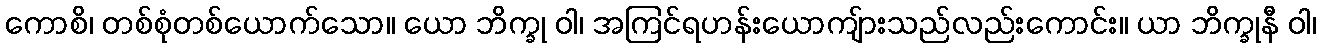
ကောစိ၊ တစ်စုံတစ်ယောက်သော။ ယော ဘိက္ခု ဝါ၊ အကြင်ရဟန်းယောကျ်ားသည်လည်းကောင်း။ ယာ ဘိက္ခုနီ ဝါ၊